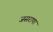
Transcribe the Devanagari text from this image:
जसराणा